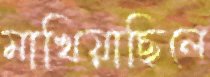
মাখিয়াছিলে